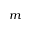
_ m